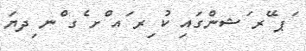
ަޕ ޭރ ަޝންގައި ކު ިރ ައ ްށ ެގ ްނ ިދޔަ